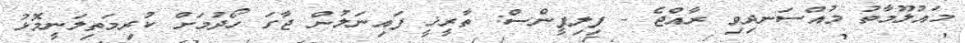
މައުލޫމާތު މުއްސަނދިވި ރާއްޖެ - ފިލިޕީންސް: ތާރީޚީ ފައިނަލުން ޖާގަ ހޯދުމަށް ކުރިމަތިލަނީމޮޅު